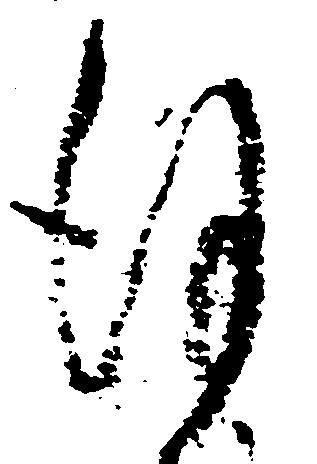
謹